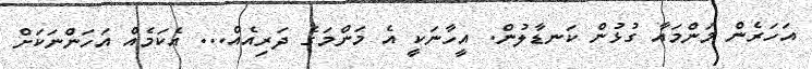
އަހަރެން މަންމައާ ގުޅުން ކަނޑާލުން. އީހާނަކީ އެ މަންމަގެ ދަރިއެއް... އެކަމެއް އަހަންނަކަށް